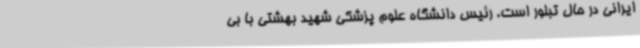
ایرانی در حال تبلور است. رئیس دانشگاه علوم پزشکی شهید بهشتی با بی